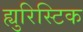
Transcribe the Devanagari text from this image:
ह्युरिस्टिक